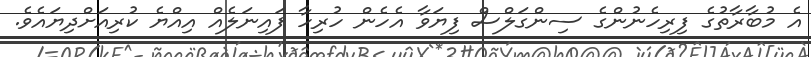
އެ މުބާރާތުގެ ފިރިހެނުންގެ ސިންގަލްސް ފިޔަވާ އެހެން ހުރިހާ ފައިނަލެއް އިއްޔެ ކުރިއަށްދިޔައެވެ.